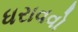
ધરાવવો